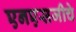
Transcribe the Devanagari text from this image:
एनएसजीचे